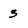
Character: 3